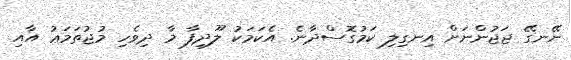
ނޭނގޭ ޖަޖުންނަށް އިނގިލި ކަމުގޮސްދާނެ. އެކަމަކު ލޫދިފާ މާ ދިވެހި މުޖުތަމަޢު އާއި